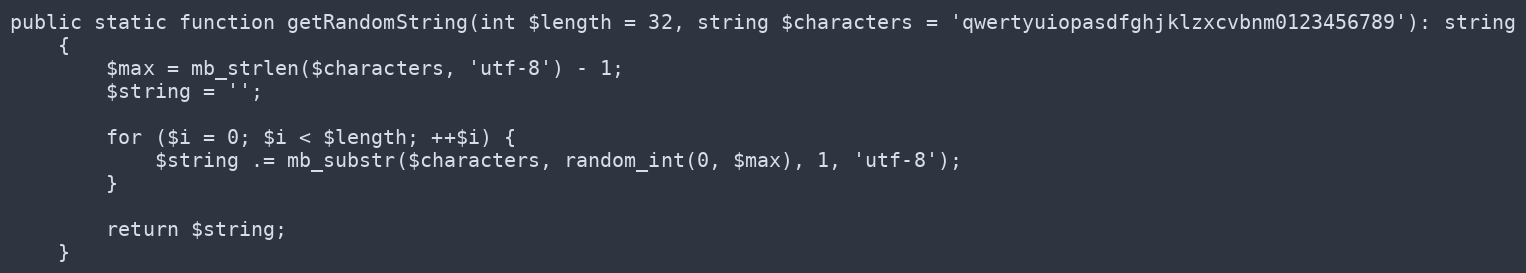
Language: PHP
public static function getRandomString(int $length = 32, string $characters = 'qwertyuiopasdfghjklzxcvbnm0123456789'): string
    {
        $max = mb_strlen($characters, 'utf-8') - 1;
        $string = '';

        for ($i = 0; $i < $length; ++$i) {
            $string .= mb_substr($characters, random_int(0, $max), 1, 'utf-8');
        }

        return $string;
    }